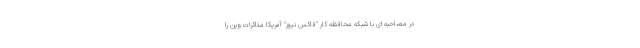
در مصاحبه ای با شبکه محافظه کار "فاکس نیوز" آمریکا مذاکرات وین را